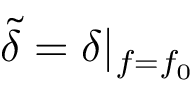
\tilde { \delta } = \delta | _ { f = f _ { 0 } }